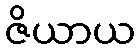
ဇိယာယ